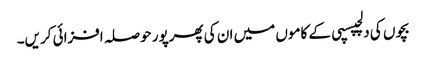
بچوں کی دلچپسپی کے کاموں میں ان کی پھرپور حوصلہ افزائی کریں۔